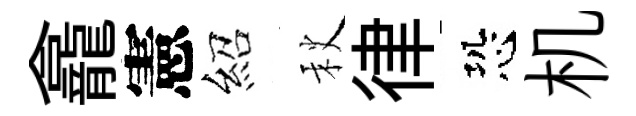
龕憲紹秋律恐机